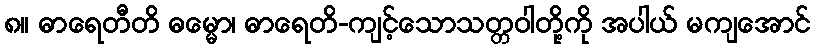
၈။ ဓာရေတီတိ ဓမ္မော၊ ဓာရေတိ-ကျင့်သောသတ္တဝါတို့ကို အပါယ် မကျအောင်